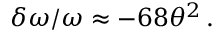
\delta \omega / \omega \approx - 6 8 \theta ^ { 2 } \, .